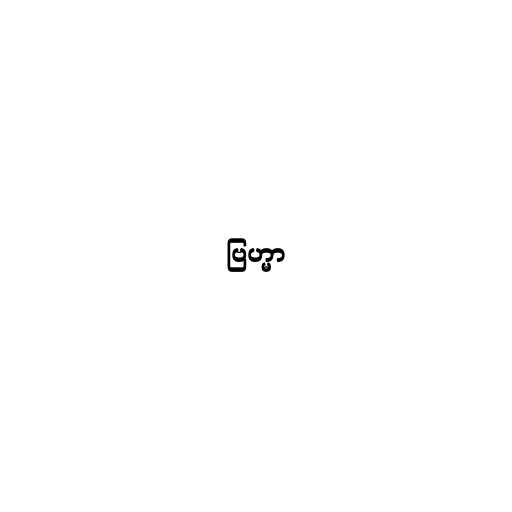
ဗြဟ္မာ